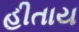
હીતાય